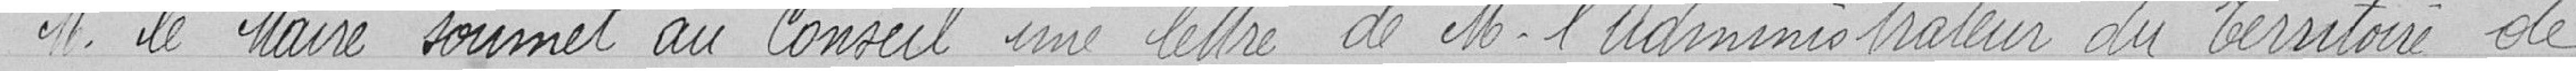
M. le Maire soumet au conseil une lettre de M. l'Administrateur du Territoire de